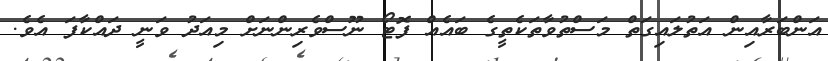
އަންބަރާއިން އަތުލައިގަތް މަސްތުވާތަކެތީގެ ބައެއް ފޮޓޯ ނޫސްވެރިންނަށް މިއަދު ވަނީ ދައްކާފަ އެވެ.